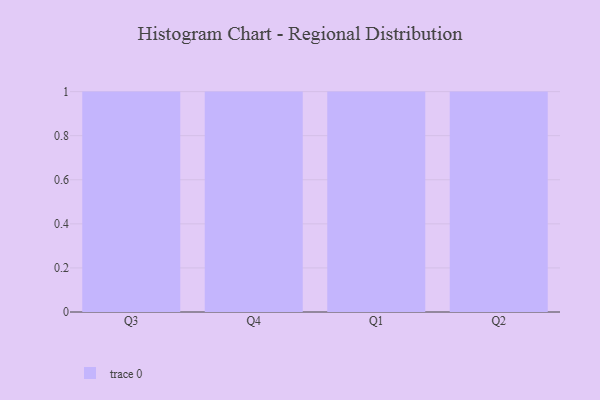
{"axis": {"x": "Quarter", "y": "Conversion Rate (%)"}, "legend": [""], "data": [{"x": "Q3", "y": 56, "type": ""}, {"x": "Q4", "y": 68, "type": ""}, {"x": "Q1", "y": 32, "type": ""}, {"x": "Q2", "y": 47, "type": ""}]}